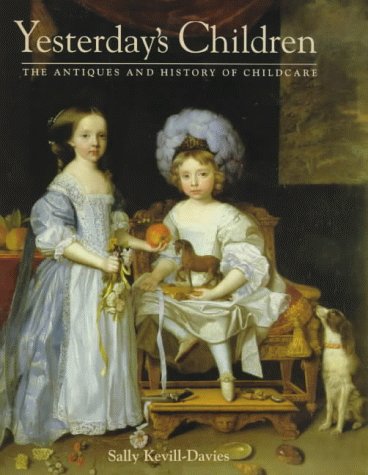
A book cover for Yesterday's Children: The Antiques and History of Childcare; Sally Keuill-Davies; Crafts, Hobbies & Home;